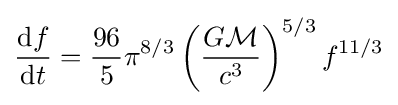
{\frac {\mathrm {d} f}{\mathrm {d} t}}={\frac {96}{5}}\pi ^{8/3}\left({\frac {G{\mathcal {M}}}{c^{3}}}\right)^{5/3}f^{11/3}